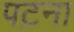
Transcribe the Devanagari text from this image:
पट़ना